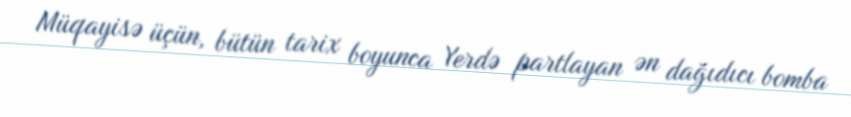
Müqayisə üçün, bütün tarix boyunca Yerdə partlayan ən dağıdıcı bomba